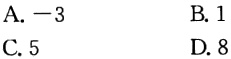
A. $-3$
B. $1$
C. $5$
D. $8$